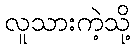
လူသားကဲ့သို့